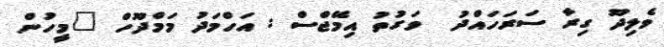
ވެލިދޫ ގިރާ ސަރަހައްދު  ވަގުތު އިމޭޖްސް : އަހްމަދު މަމްދޫހް "މީހުން